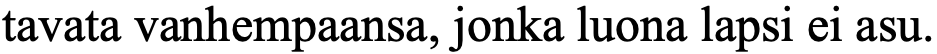
tavata vanhempaansa, jonka luona lapsi ei asu.